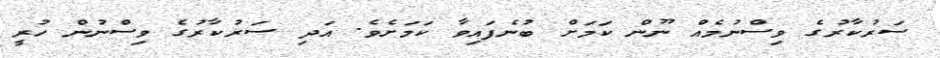
ސަރުކާރުގެ ވިސްނުމެއް ނޫން ކަމަށް ބުނެފައިވާ ކަމަށެވެ. އަދި ސަރުކާރުގެ ވިސްނުން ހުރީ